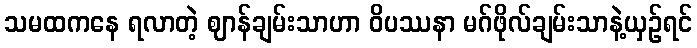
သမထကနေ ရလာတဲ့ ဈာန်ချမ်းသာဟာ ဝိပဿနာ မဂ်ဖိုလ်ချမ်းသာနဲ့ယှဉ်ရင်